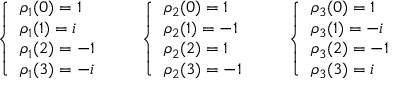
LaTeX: { \left\{ \begin{array} { l l } { \rho _ { 1 } ( { 0 } ) = 1 } \\ { \rho _ { 1 } ( { 1 } ) = i } \\ { \rho _ { 1 } ( { 2 } ) = - 1 } \\ { \rho _ { 1 } ( { 3 } ) = - i } \end{array} \right. } \qquad { \left\{ \begin{array} { l l } { \rho _ { 2 } ( { 0 } ) = 1 } \\ { \rho _ { 2 } ( { 1 } ) = - 1 } \\ { \rho _ { 2 } ( { 2 } ) = 1 } \\ { \rho _ { 2 } ( { 3 } ) = - 1 } \end{array} \right. } \qquad { \left\{ \begin{array} { l l } { \rho _ { 3 } ( { 0 } ) = 1 } \\ { \rho _ { 3 } ( { 1 } ) = - i } \\ { \rho _ { 3 } ( { 2 } ) = - 1 } \\ { \rho _ { 3 } ( { 3 } ) = i } \end{array} \right. }